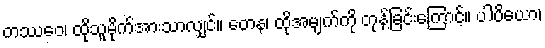
တဿေဝ၊ ထိုသူမိုက်အားသာလျှင်။ တေန၊ ထိုအမျက်ကို တုန့်ခြင်းကြောင့်။ ပါပိယော၊